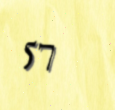
57